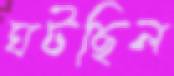
ঘটছিল